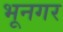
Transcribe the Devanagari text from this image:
भूनगर